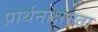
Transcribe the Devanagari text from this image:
प्रार्थनाक्षमता